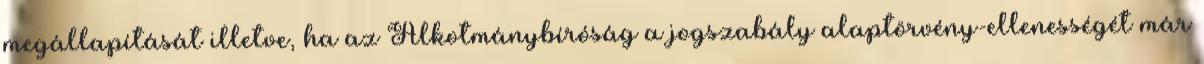
megállapítását illetve, ha az Alkotmánybíróság a jogszabály alaptörvény-ellenességét már